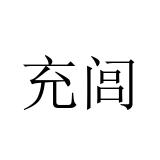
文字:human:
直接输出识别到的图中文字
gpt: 充闾